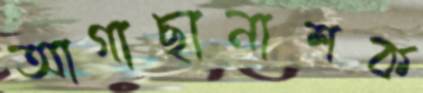
আগাছানাশক